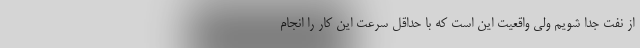
از نفت جدا شویم ولی واقعیت این است که با حداقل سرعت این کار را انجام